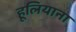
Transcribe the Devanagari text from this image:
हूलियाना